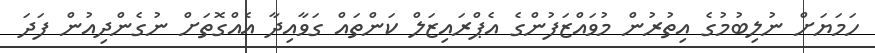
ހަމަޔަށް ނުލިބުމުގެ އިތުރުން މުވައްޒަފުންގެ އެޕްރައިޒަލް ކަންތައް ގަވާއިދާ އެއްގޮތަށް ނުގެންދިއުން ފަދަ